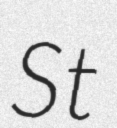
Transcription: St